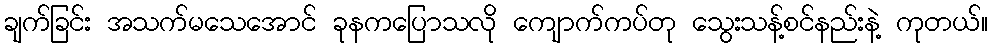
ချက်ခြင်း အသက်မသေအောင် ခုနကပြောသလို ကျောက်ကပ်တု သွေးသန့်စင်နည်းနဲ့ ကုတယ်။